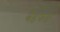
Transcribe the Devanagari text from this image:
बैडफर्ड